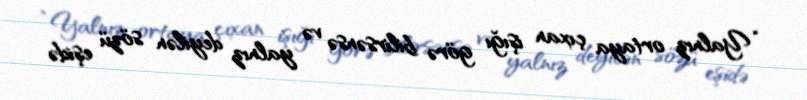
“Yalnız ortaya çıxan işığı görə bilirsənsə və yalnız deyilən sözü eşidə